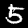
Digit: 5